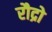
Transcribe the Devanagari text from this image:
रौद्रो